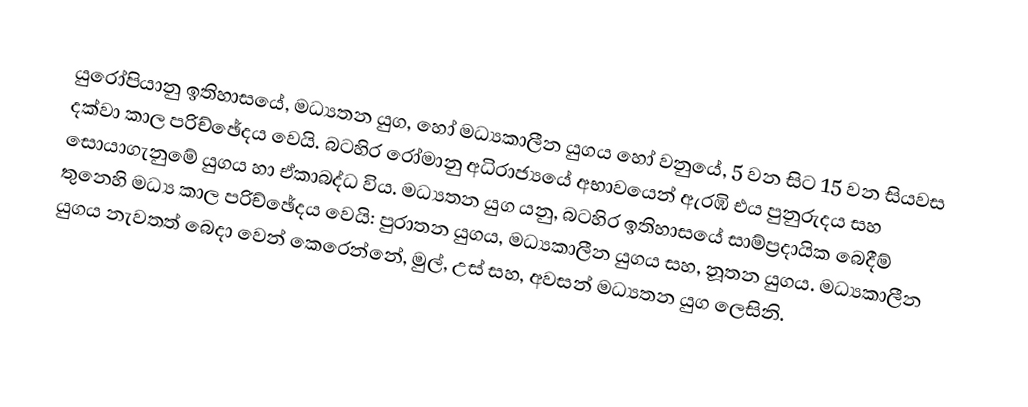
යුරෝපියානු ඉතිහාසයේ, මධ්‍යතන යුග, හෝ  මධ්‍යකාලීන යුගය හෝ වනුයේ, 5 වන සිට 15 වන සියවස දක්වා කාල පරිච්ඡේදය වෙයි. බටහිර රෝමානු අධිරාජ්‍යයේ අභාවයෙන් ඇරඹි එය  පුනුරුදය  සහ සොයාගැනුමේ යුගය හා  ඒකාබද්ධ විය. මධ්‍යතන යුග යනු, බටහිර ඉතිහාසයේ සාම්ප්‍රදායික බෙදීම් තුනෙහි මධ්‍ය කාල පරිච්ඡේදය වෙයි: පුරාතන යුගය, මධ්‍යකාලීන යුගය සහ, නූතන යුගය. මධ්‍යකාලීන යුගය නැවතත් බෙදා වෙන් කෙරෙන්නේ,  මුල්, උස් සහ, අවසන් මධ්‍යතන යුග ලෙසිනි.